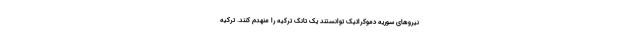
نیروهای سوریه دموکراتیک توانستند یک تانک ترکیه را منهدم کنند. ترکیه